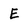
Character: E